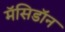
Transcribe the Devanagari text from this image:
मॅसिडॉन